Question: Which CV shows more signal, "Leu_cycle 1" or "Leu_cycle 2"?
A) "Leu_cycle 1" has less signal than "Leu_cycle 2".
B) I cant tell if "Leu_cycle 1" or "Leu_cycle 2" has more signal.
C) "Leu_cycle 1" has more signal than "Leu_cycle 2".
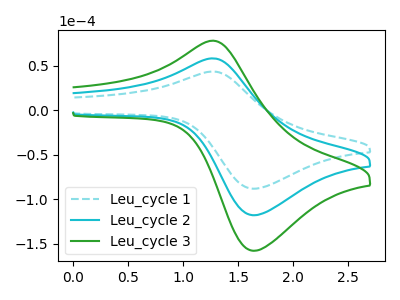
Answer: <think>The cyan dashed curve "Leu_cycle 1" has an anodic peak at (1.25V, 43.70uA) and a cathodic peak at (1.65V, -88.10uA). The cyan curve "Leu_cycle 2" has an anodic peak at (1.25V, 58.50uA) and a cathodic peak at (1.65V, -117.95uA). The green curve "Leu_cycle 3" has an anodic peak at (1.25V, 117.00uA) and a cathodic peak at (1.65V, -235.95uA).
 All the peaks in "Leu_cycle 1" have a peak in "Leu_cycle 2" at the same potential. Every peak in "Leu_cycle 1" is lower than every peak in "Leu_cycle 2".</think>
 <answer>A) "Leu_cycle 1" has less signal than "Leu_cycle 2".</answer>
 <eval>A</eval>